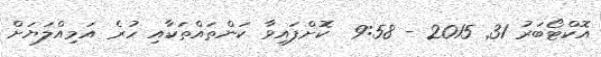
އޮކްޓޯބަރު 31